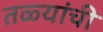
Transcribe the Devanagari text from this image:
तळ्यांची